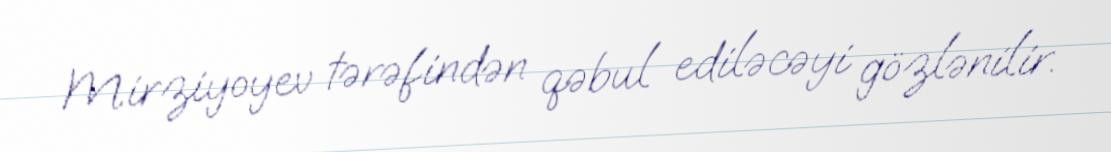
Mirziyoyev tərəfindən qəbul ediləcəyi gözlənilir.